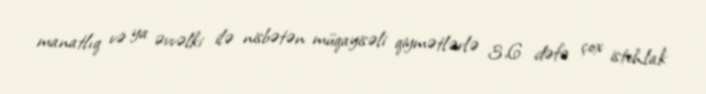
manatlıq və ya əvvəlki ilə nisbətən müqayisəli qiymətlərlə 3,6 dəfə çox istehlak